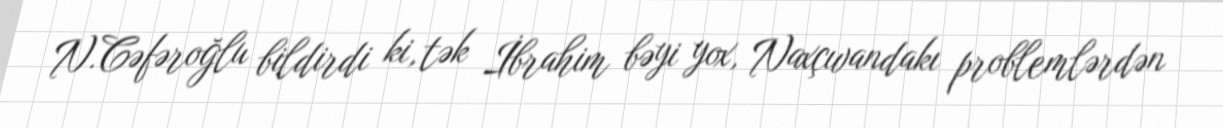
N.Cəfəroğlu bildirdi ki, tək İbrahim bəyi yox, Naxçıvandakı problemlərdən